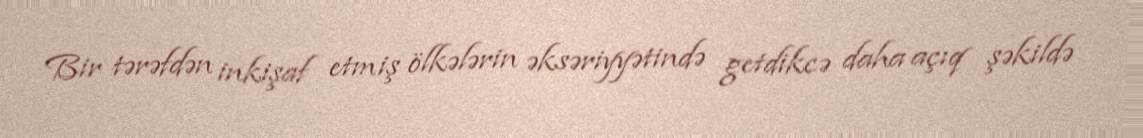
Bir tərəfdən inkişaf etmiş ölkələrin əksəriyyətində getdikcə daha açıq şəkildə